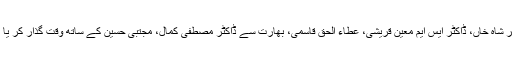
پچھلی پیڑھی کے مزاح لکھنے اور لطف کاشت کرنے والوں میں اطہر شاہ خاں، ڈاکٹر ایس ایم معین قریشی، عطاء الحق قاسمی، بھارت سے ڈاکٹر مصطفی کمال، مجتبی حسین کے ساتھ وقت گذار کر یا گفتگو کر کے کچھ حاصل کر کے ہی اُٹھے، یہ ہماری خوش نصیبی۔